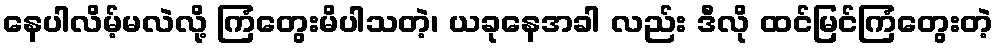
နေပါလိမ့်မလဲလို့ ကြံတွေးမိပါသတဲ့၊ ယခုနေအခါ လည်း ဒီလို ထင်မြင်ကြံတွေးတဲ့